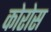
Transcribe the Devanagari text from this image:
कोरोस